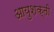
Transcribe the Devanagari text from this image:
आयुशक्ती